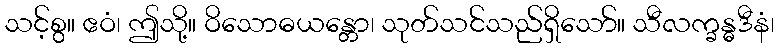
သင့်စွ။ ဧဝံ၊ ဤသို့။ ဝိသောဓယန္တော၊ သုတ်သင်သည်ရှိသော်။ သီလက္ခန္ဓဒီနံ၊